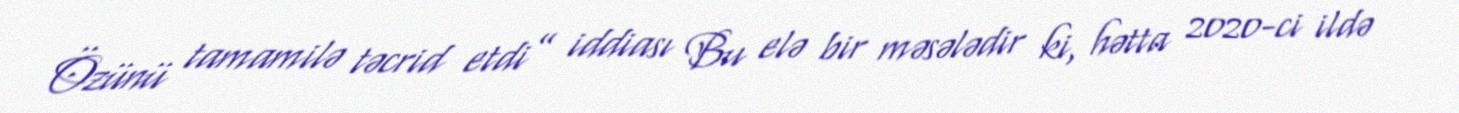
Özünü tamamilə təcrid etdi” iddiası Bu elə bir məsələdir ki, hətta 2020-ci ildə